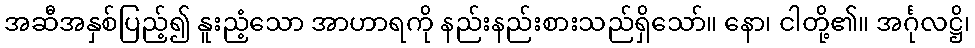
အဆီအနှစ်ပြည့်၍ နူးညံ့သော အာဟာရကို နည်းနည်းစားသည်ရှိသော်။ နော၊ ငါတို့၏။ အင်္ဂုလဋ္ဌိ၊